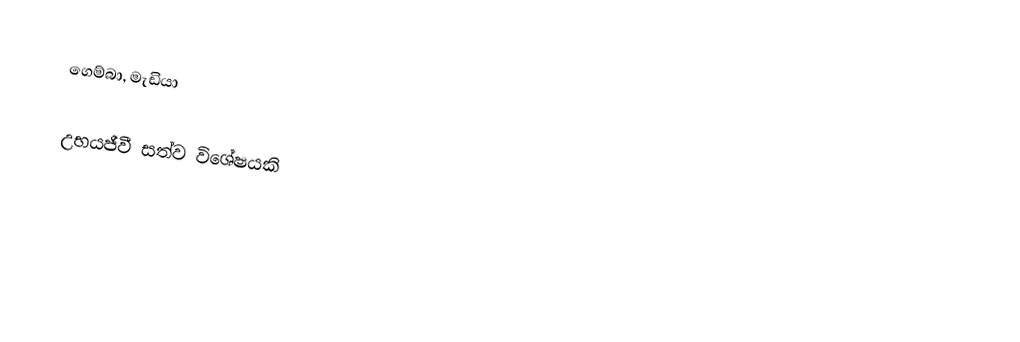
ගෙම්බා, මැඩියා

උභයජීවී සත්ව විශේෂයකි